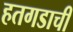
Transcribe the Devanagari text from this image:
हतगडाची